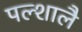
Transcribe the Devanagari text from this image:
पल्शालै